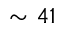
\sim 4 1